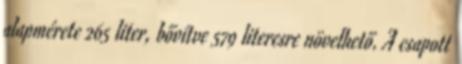
alapmérete 265 liter, bővítve 579 literesre növelhető. A csapott